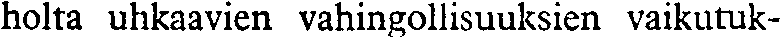
holta uhkaavien vahingollisuuksien vaikutuk-